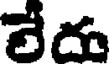
లేదు